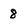
Character: 8